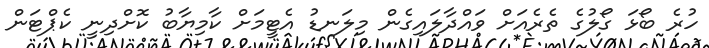
ހުރެ ބޯޅަ ގޯލުގެ ތެރެއަށް ވައްދާލައިގެން މިލަނޑު އެޓީމަށް ކާމިޔާބު ކޮށްދިނީ ކެޕްޓަން